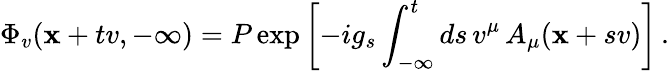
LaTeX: \Phi_{v}(\mathbf{x}+tv,-\infty)=P\exp\left[-ig_{s}\int_{-\infty}^{t}ds\, v^{\mu}\, A_{\mu}(\mathbf{x}+sv)\right]\, .